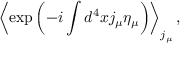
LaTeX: \left< \exp \left( - i \int d ^ { 4 } x j _ { \mu } \eta _ { \mu } \right) \right> _ { j _ { \mu } } ,